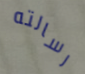
رسالته